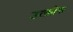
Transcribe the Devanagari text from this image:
उत्क्रोश